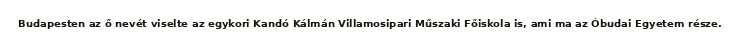
Budapesten az ő nevét viselte az egykori Kandó Kálmán Villamosipari Műszaki Főiskola is, ami ma az Óbudai Egyetem része.